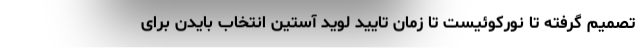
تصمیم گرفته تا نورکوئیست تا زمان تایید لوید آستین انتخاب بایدن برای